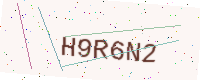
Text: H9R6N2